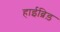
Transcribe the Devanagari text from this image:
हाईब्रिड़